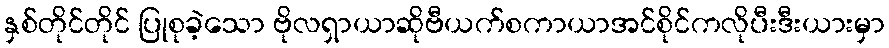
နှစ်တိုင်တိုင် ပြုစုခဲ့သော ဗိုလရှာယာဆိုဗီယက်စကာယာအင်စိုင်ကလိုပီးဒီးယားမှာ